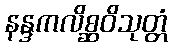
နန္ဒကလိစ္ဆဝိသုတ္တံ